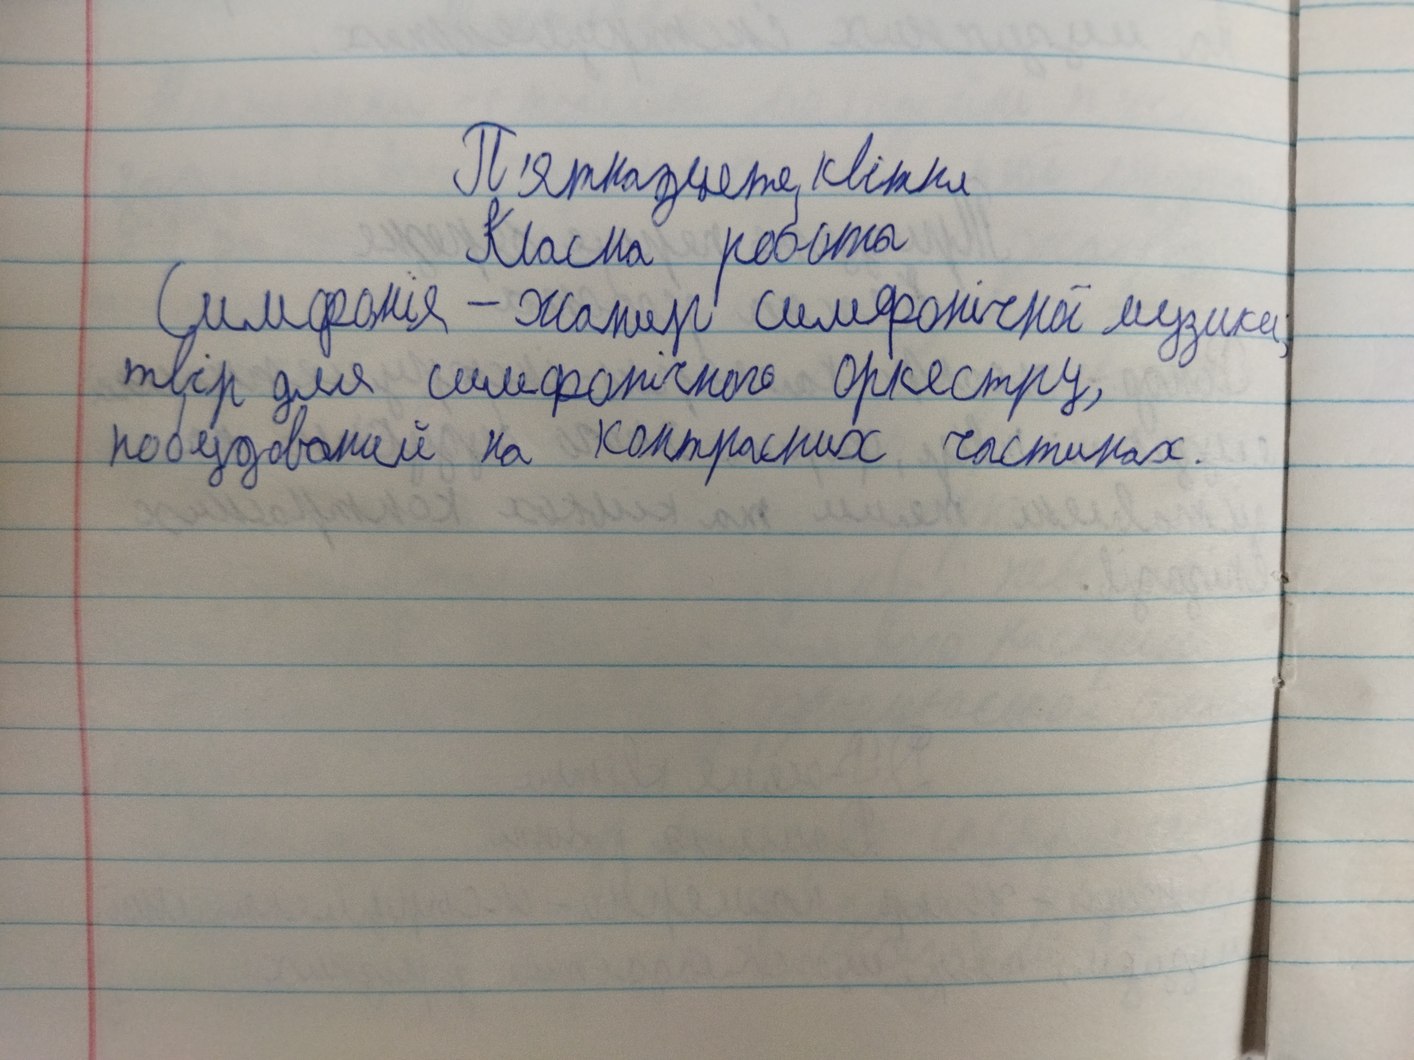
П'ятнадцяте квітня
Класна робота
Симфонія - жанр симфонічної музики;
твір для симфонічного оркестру,
побудований на контрасних частинах.